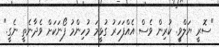
"ސޮރީ ޔަލްވީ. ކުރިން ވެސް އެއްފަހަރު ގުޅީމަ މުހިންމު ފޯނަކަށް ވެދާނެތީ ނެގީ."